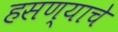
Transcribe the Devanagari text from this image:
हसण्याचे